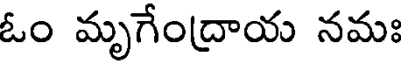
ఓం మృగేంద్రాయ నమః